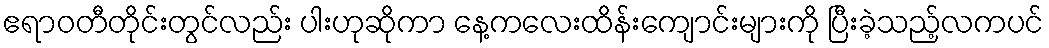
ဧရာဝတီတိုင်းတွင်လည်း ပါးဟုဆိုကာ နေ့ကလေးထိန်းကျောင်းများကို ပြီးခဲ့သည့်လကပင်